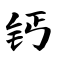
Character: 钙